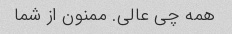
همه چی عالی. ممنون از شما